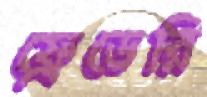
ফ্রেডেরি